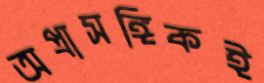
অপ্রাসঙ্গিকই